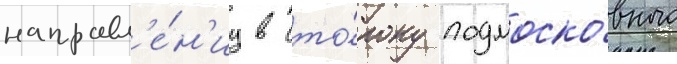
направл'е́н'иу в сто́рону подмоско́вного